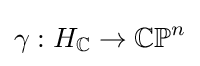
\gamma :H_{\mathbb {C} }\to \mathbb {CP} ^{n}